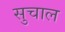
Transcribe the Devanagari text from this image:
सुचाल